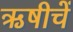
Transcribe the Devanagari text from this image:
ऋषीचें